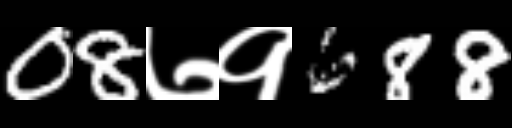
Text: 08७१688